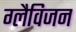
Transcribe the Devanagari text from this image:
ग्लैविजन